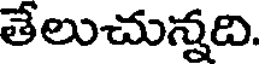
తేలుచున్నది.